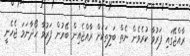
ރާއްޖޭގައި ފަރުވާ ކުރެވެން ނެތް ބަލިތަކަށް ރާއްޖެއިން ބޭރުން ފަރުވާ ހޯދާނަމަ ޖެހެނީ